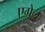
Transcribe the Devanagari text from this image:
एग्रेल